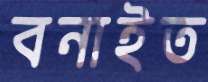
বনাইত